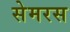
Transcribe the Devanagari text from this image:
सेमरस